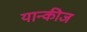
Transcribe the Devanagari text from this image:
यान्कीज